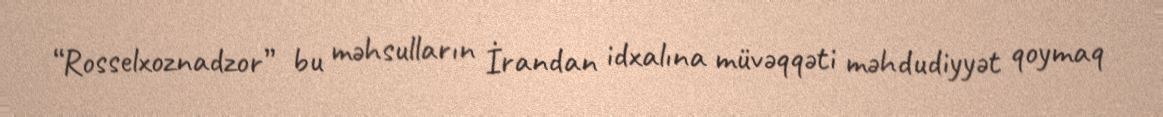
“Rosselxoznadzor” bu məhsulların İrandan idxalına müvəqqəti məhdudiyyət qoymaq